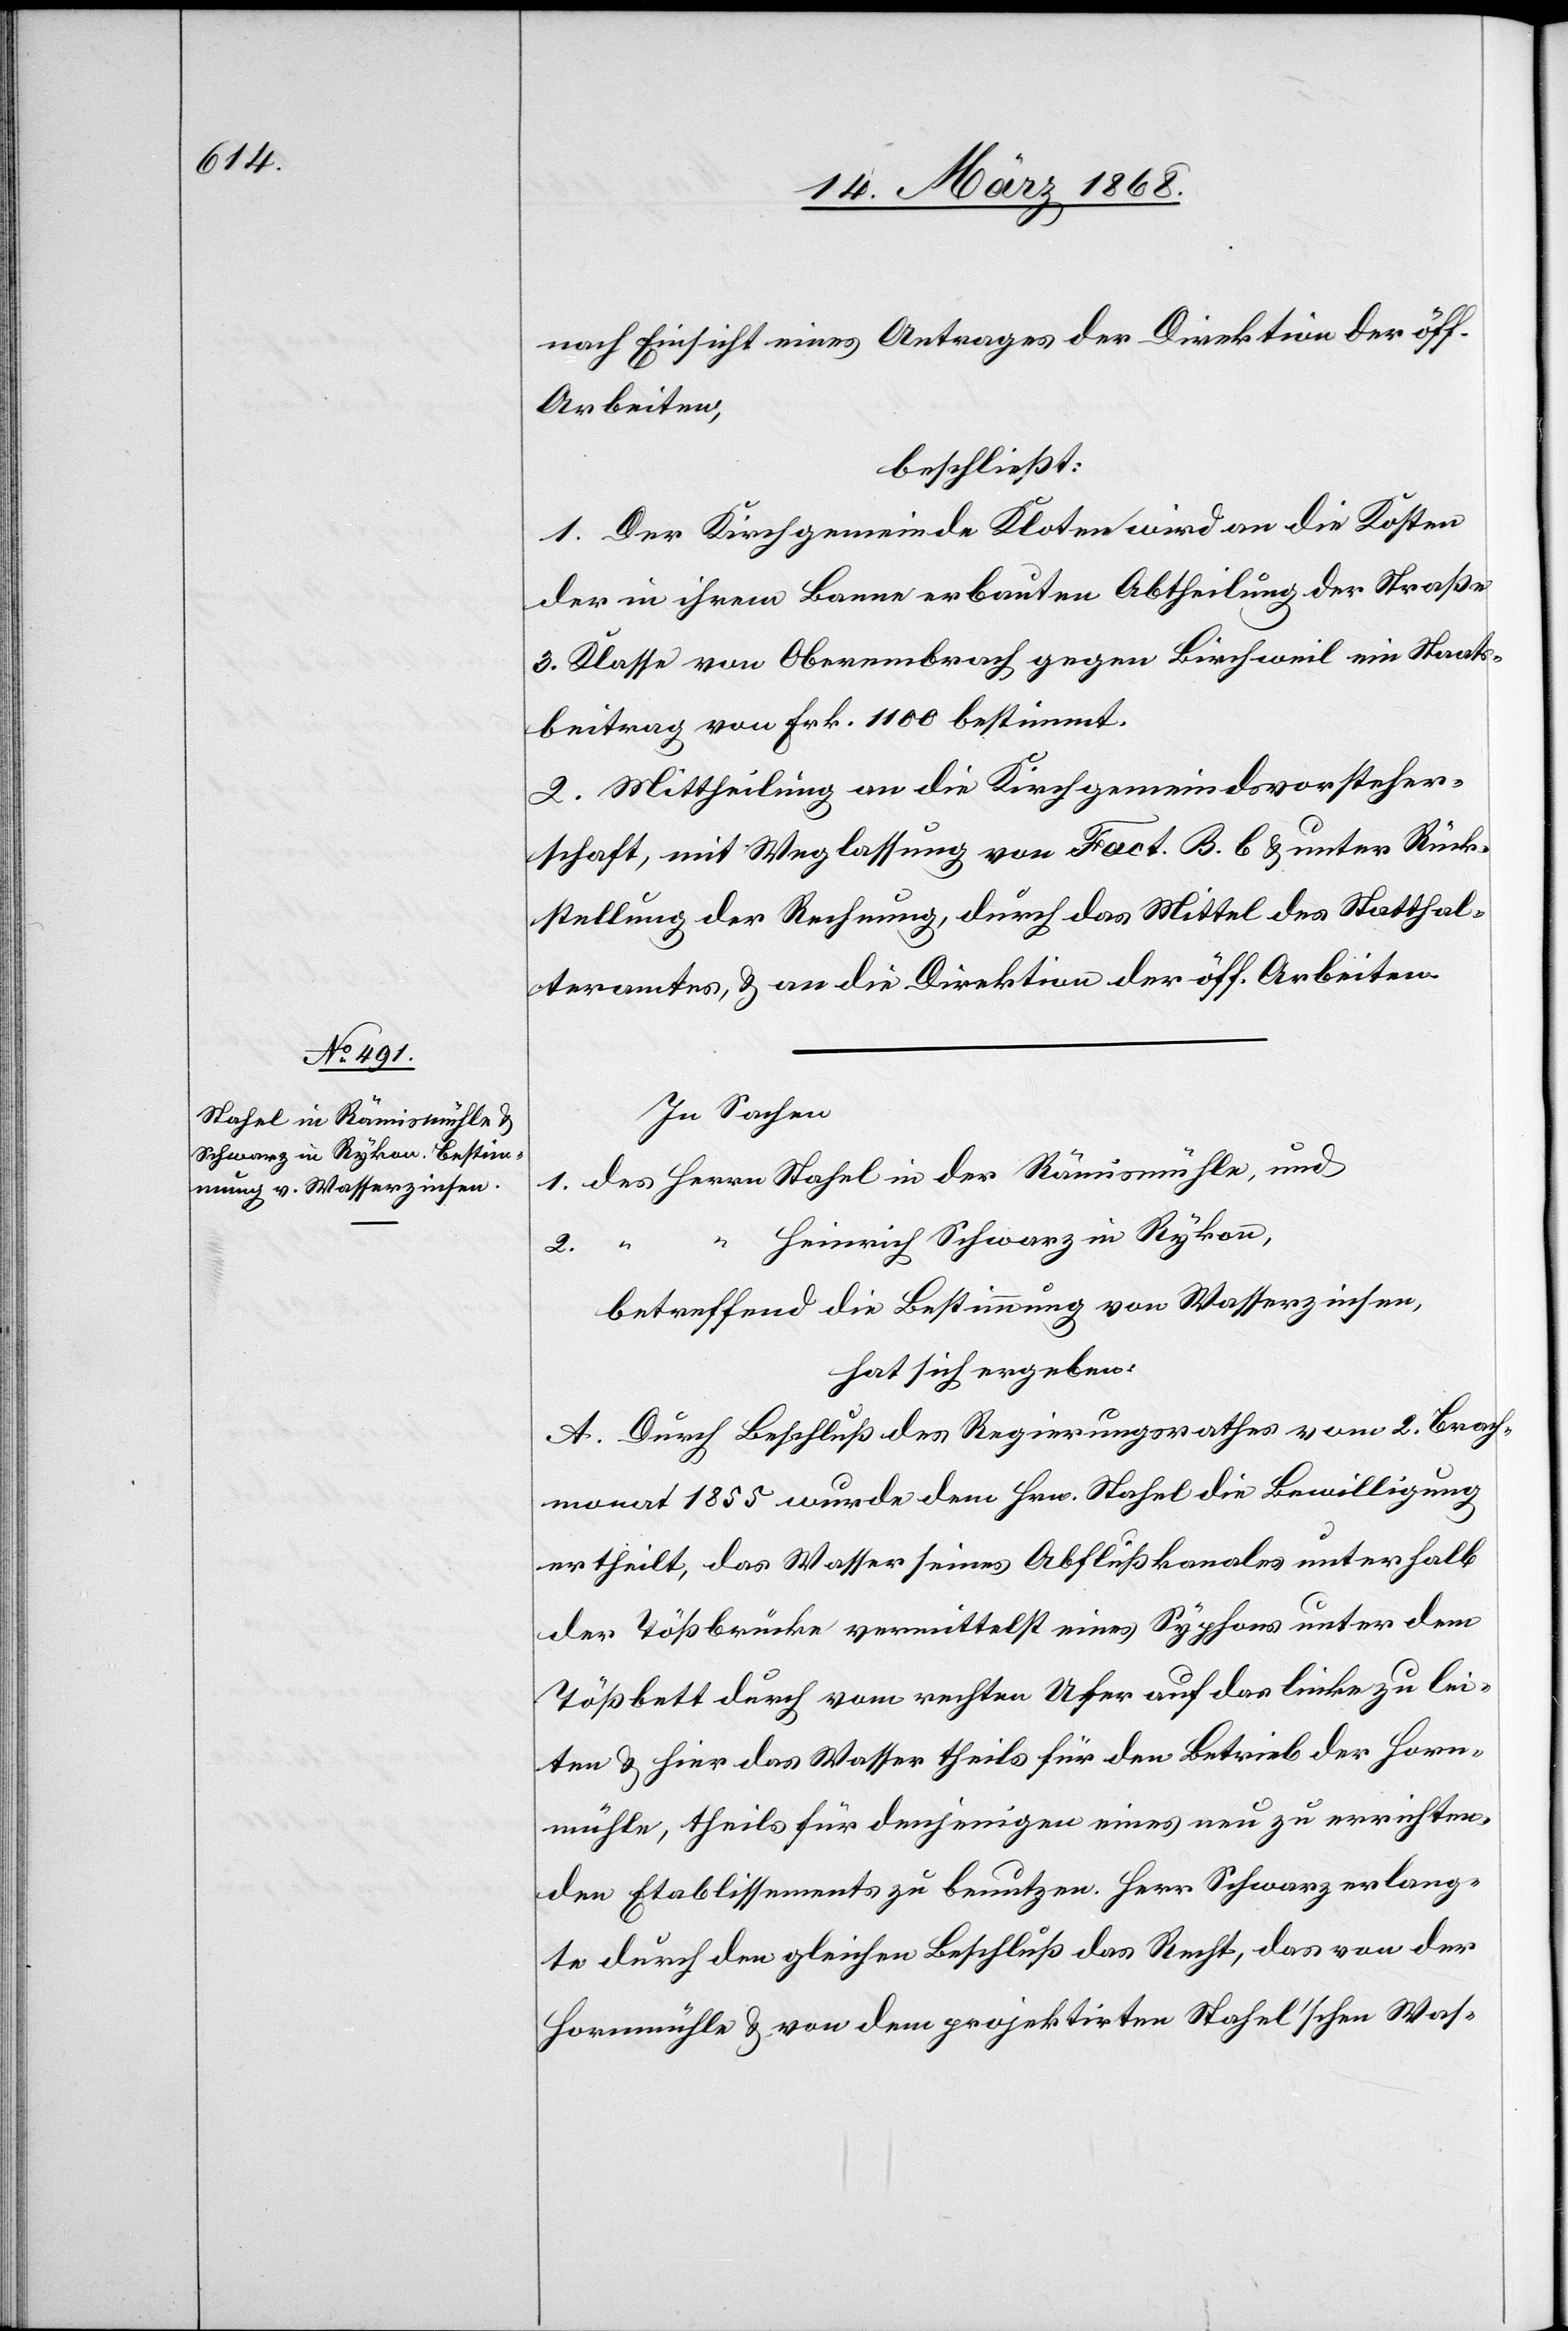
nach Einsicht eines Antrages der Direktion der öff.
Arbeiten,
beschließt:
1. Der Kirchgemeinde Kloten wird an die Kosten
der in ihrem Banne erbauten Abtheilung der Straße
3. Klasse von Oberembrach gegen Birchweil ein Staats¬
beitrag von Frk. 1100 bestimmt.
2. Mittheilung an die Kirchgemeindsvorsteher¬
schaft, mit Weglassung von Fact. B. b & unter Rück¬
stellung der Rechnung, durch das Mittel des Statthal¬
teramtes, & an die Direktion der öff. Arbeiten.
In Sachen
1. des Herrn Stahel in der Rämismühle, und
“ Heinrich Schwarz in Rykon,
2. “
betreffend die Bestimmung von Wasserzinsen,
hat sich ergeben:
A. Durch Beschluß des Regierungsrathes vom 2. Brach¬
monat 1855 wurde dem Hrn. Stahel die Bewilligung
ertheilt, das Wasser seines Abflußkanales unterhalb
der Tößbrücke vermittelst eines Syphons unter dem
Tößbett durch vom rechten Ufer auf das linke zu lei¬
ten & hier das Wasser theils für den Betrieb der Horn¬
mühle, theils für denjenigen eines neu zu errichten¬
den Etablissements zu benutzen. Herr Schwarz erlang¬
te durch den gleichen Beschluß das Recht, das von der
Hornmühle & von dem projektirten Stahel’schen Was-